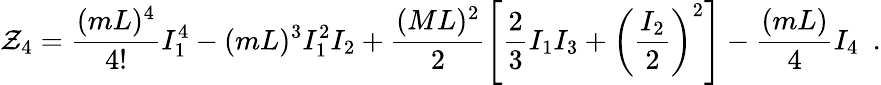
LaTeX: \mathcal{Z}_{4}=\frac{{(mL)^{4}}}{{4!}}I_{1}^{4}-(mL)^{3}I_{1}^{2}I_{2}+\frac{{(ML)^{2}}}{{2}}\left[\frac{{2}}{{3}}I_{1}I_{3}+\left(\frac{{I_{2}}}{{2}}\right)^{2}\right]-\frac{{(mL)}}{{4}}I_{4}\, \, \, .